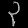
Digit: ၃